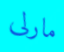
مارلى